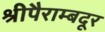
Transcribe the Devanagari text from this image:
श्रीपैराम्बदूर